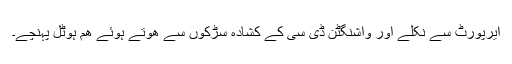
ایرپورٹ سے نکلے اور واشنگٹن ڈی سی کے کشادہ سڑکوں سے ھوتے ہوئے ھم ہوٹل پہنچے۔